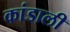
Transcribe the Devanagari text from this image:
कांडाली